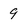
Character: 9